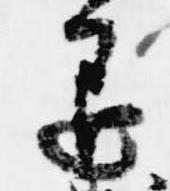
退